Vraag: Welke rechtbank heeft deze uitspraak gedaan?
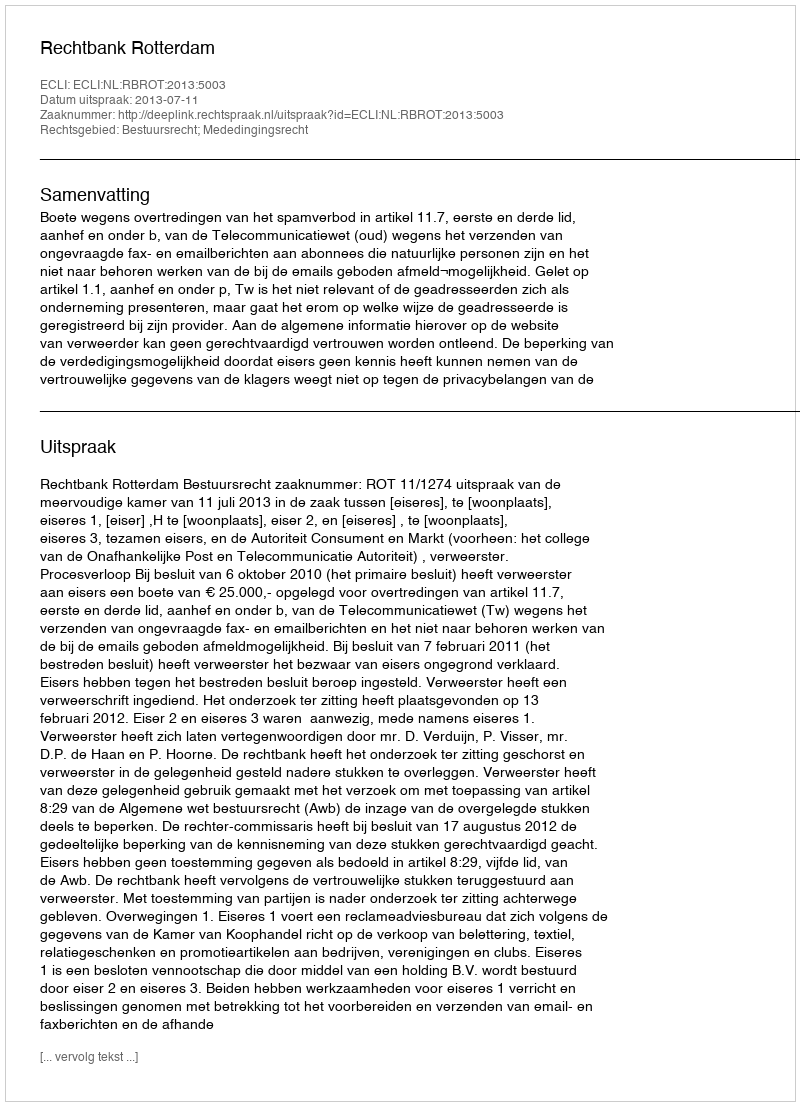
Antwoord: Rechtbank Rotterdam